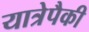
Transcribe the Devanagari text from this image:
यात्रेपैकी